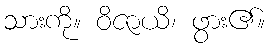
သားကို။ ဝိဇာယိ၊ ဖွား၏။